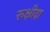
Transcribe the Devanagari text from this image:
रूक्षीदा